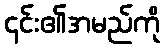
၎င်း၏အမည်ကို